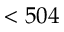
< 5 0 4